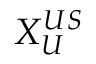
X _ { U } ^ { U S }